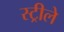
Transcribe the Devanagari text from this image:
स्ट्रीले